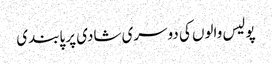
پولیس والوں کی دوسری شادی پر پابندی